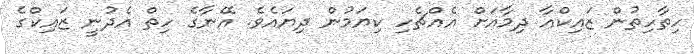
ހިތާހިތުން ޒައިކްއާ ދިމާއަށް އެއްޗެހި ކިޔަމުން ދިޔައެވެ. އޭނާގެ ހިތް އެދުނީ ޒައިކްގެ